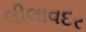
લીલાવદર